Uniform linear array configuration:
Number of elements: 8
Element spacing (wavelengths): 1
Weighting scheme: uniform
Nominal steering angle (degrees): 15
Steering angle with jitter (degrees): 16.698
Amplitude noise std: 0.05
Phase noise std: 0.05

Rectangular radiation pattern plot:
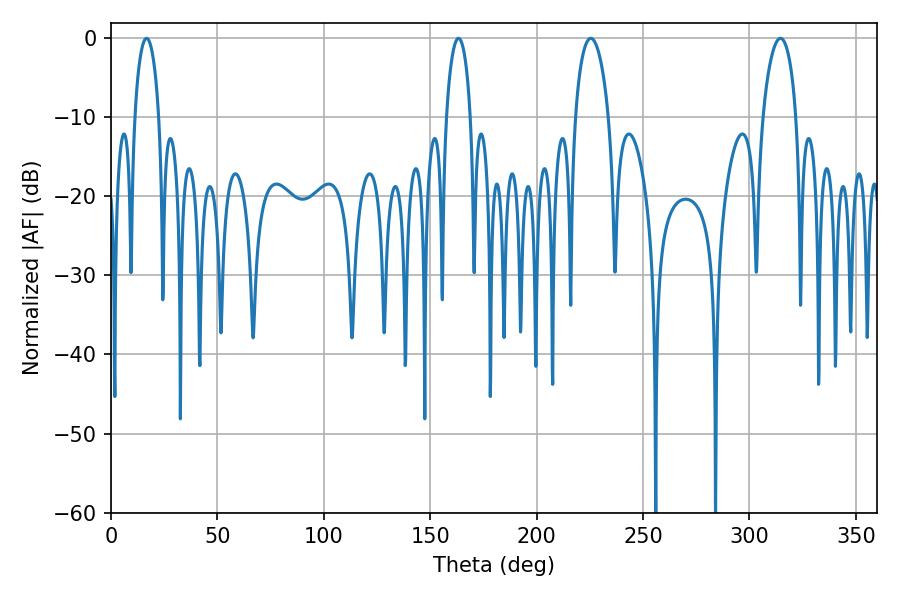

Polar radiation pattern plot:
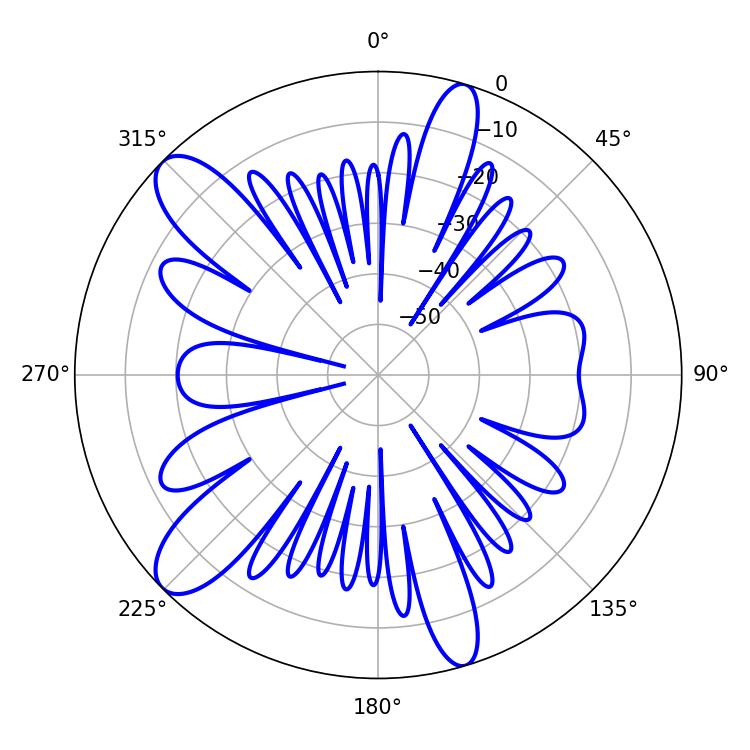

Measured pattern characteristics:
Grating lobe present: TRUE
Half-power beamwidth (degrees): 6.48
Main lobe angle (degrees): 16.74